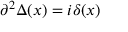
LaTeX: \partial ^ { 2 } \Delta ( x ) = i \delta ( x )